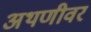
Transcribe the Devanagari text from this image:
अथणीवर